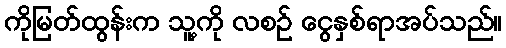
ကိုမြတ်ထွန်းက သူ့ကို လစဉ် ငွေနှစ်ရာအပ်သည်။